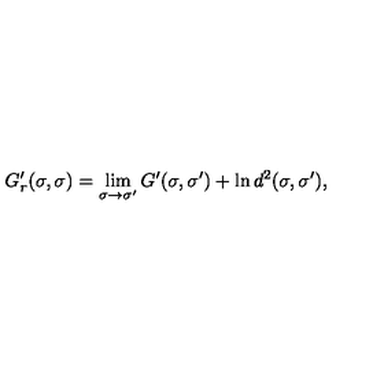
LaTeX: G _ { r } ^ { \prime } ( \sigma , \sigma ) = \lim _ { \sigma \rightarrow \sigma ^ { \prime } } G ^ { \prime } ( \sigma , \sigma ^ { \prime } ) + \ln d ^ { 2 } ( \sigma , \sigma ^ { \prime } ) ,